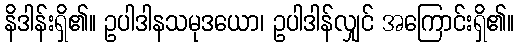
နိဒါန်းရှိ၏။ ဥပါဒါနသမုဒယော၊ ဥပါဒါန်လျှင် အကြောင်းရှိ၏။